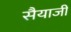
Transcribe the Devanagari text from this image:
सैयाजी